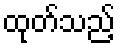
ထုတ်သည့်